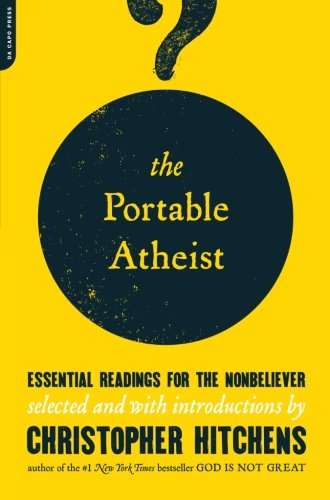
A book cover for The Portable Atheist: Essential Readings for the Nonbeliever; Religion & Spirituality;